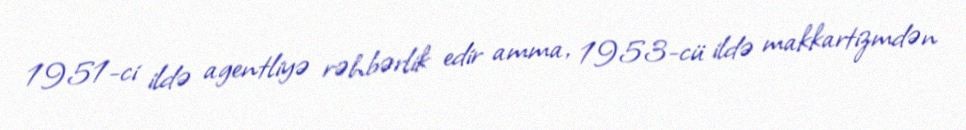
1951-ci ildə agentliyə rəhbərlik edir amma, 1953-cü ildə makkartizmdən